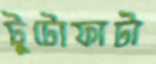
টুটোফাটা